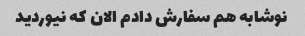
نوشابه هم سفارش دادم الان که نیوردید